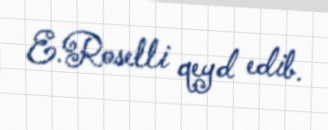
E.Roselli qeyd edib.